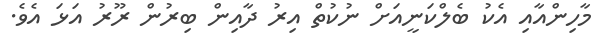
މާހިންއާއި އެކު ބެލްކަނީއަށް ނުކުތް އިރު ދާއިން ބިރުން ރޫރު އަޅަ އެވެ.